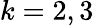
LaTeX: k=2,3